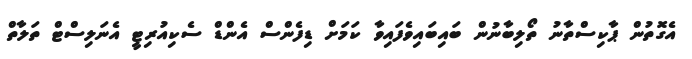
އެގޮތުން ޕާކިސްތާނު ތޯލިބާނުން ބައިބައިވެފައިވާ ކަމަށް ޑިފެންސް އެންޑް ސެކިއުރިޓީ އެނަލިސްޓް ތަލާތް